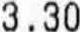
3.30